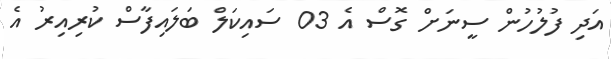
އަދި ފުލުހުން ސީނަށް ގޮސް އެ 03 ސައިކަލް ބަލައިފާސް ކުރިއިރު އެ